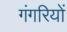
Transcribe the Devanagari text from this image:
गंगरियों